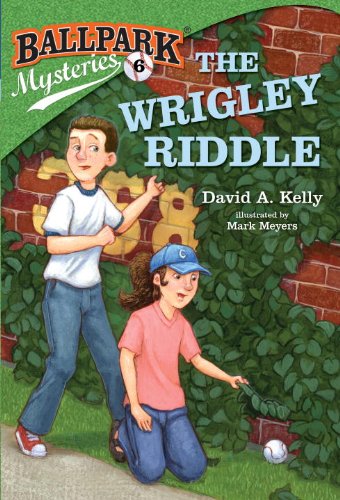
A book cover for Ballpark Mysteries #6: The Wrigley Riddle (A Stepping Stone Book(TM)); David A. Kelly; Children's Books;